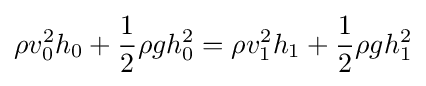
\rho v_{0}^{2}h_{0}+{1 \over 2}\rho gh_{0}^{2}=\rho v_{1}^{2}h_{1}+{1 \over 2}\rho gh_{1}^{2}